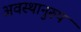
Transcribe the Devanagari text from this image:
अवस्थानुरुप